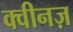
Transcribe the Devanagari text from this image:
क्वीनज़